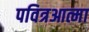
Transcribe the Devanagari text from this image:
पवित्रआत्मा